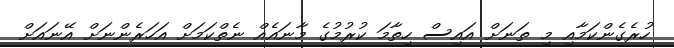
ހުރެގެންކަމާއި މި ތަނަށް އައިސް ހިތާމަ ކުރުމުގެ މާނައެއް ނެތްކަމަށް އަހަރެންނަށް އޭނައަށް